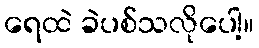
ရေထဲ ခဲပစ်သလိုပေါ့။